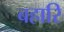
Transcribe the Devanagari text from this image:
बहारि